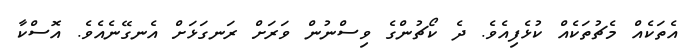
އެތަކެއް މެޗުތަކެއް ކުޅެފިއެވެ. ދެ ކޯޗުންގެ ވިސްނުން ވަރަށް ރަނގަޅަށް އެނގޭނެއެވެ. އޮސްކާ